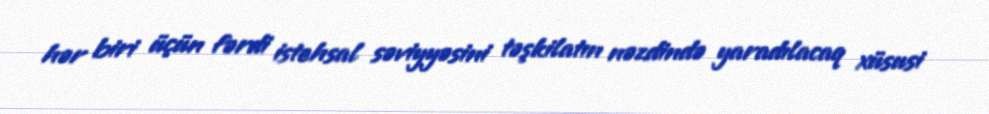
hər biri üçün fərdi istehsal səviyyəsini təşkilatın nəzdində yaradılacaq xüsusi